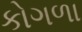
કોગળા